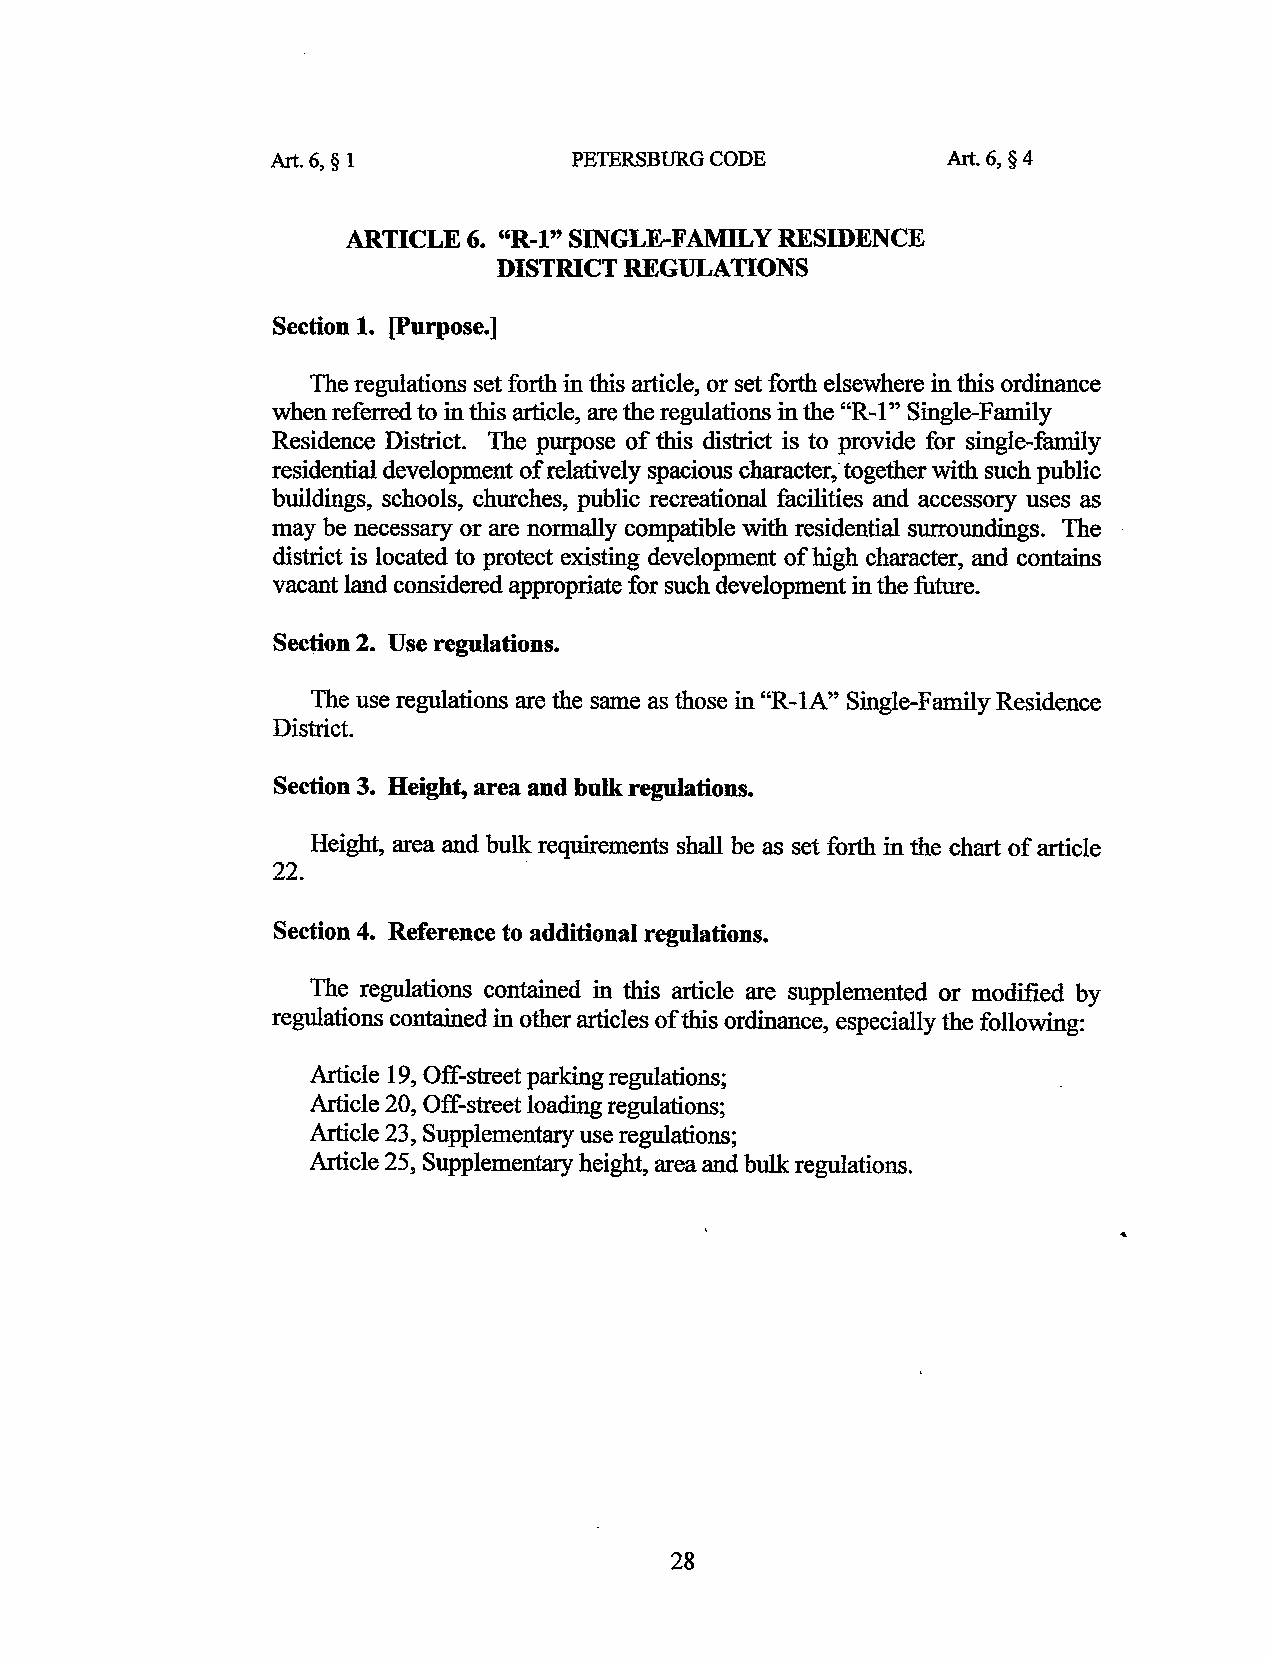
Art. 6, § 1         PETERSBURG CODE          Art. 6, § 4
 ARTICLE 6. "R-1" SINGLE-FAMILY RESIDENCE
 DISTRICT REGULATIONS
 Section 1. [Purpose.]
 The regulations set forth in this article, or set forth elsewhere in this ordinance
 when referred to in this article, are the regulations in the "R-1" Single-Family
 Residence District. The purpose of this district is to provide for single-family
 residential development of relatively spacious character; together with such public
 buildings, schools, churches, public recreational facilities and accessory uses as
 may be necessary or are normally compatible with residential surroundings. The
 district is located to protect existing development of high character, and contains
 vacant land considered appropriate for such development in the future.
 Section 2. Use regulations.
 The use regulations are the same as those in "R-IA" Single-Family Residence
 District.
 Section 3. Height, area and bulk regulations.
 Height, area and bulk requirements shall be as set forth in the chart of article
 22.              .
 Section 4. Reference to additional regulations.
 The regulations contained in this article are supplemented or modified by
 regulations contained in other articles of this ordinance, especially the following:
 Article 19, Off-street parking regulations;
 Article 20, Off-street loading regulations;
 Article 23, Supplementary use regulations;
 Article 25, Supplementary height, area and bulk regulations.
 28